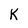
Character: K